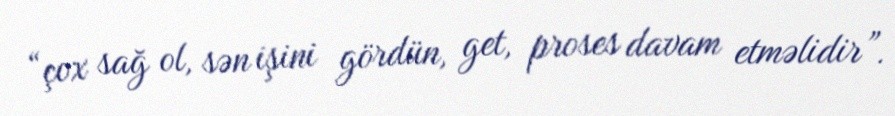
“çox sağ ol, sən işini gördün, get, proses davam etməlidir”.